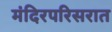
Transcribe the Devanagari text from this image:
मंदिरपरिसरात